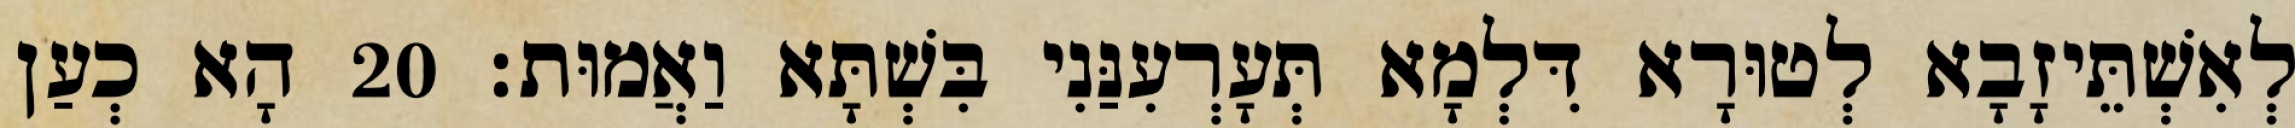
לְאִשְׁתֵּיזָבָא לְטוּרָא דִּלְמָא תְּעָרְעִנַּנִי בִּשְׁתָּא וַאֲמוּת׃ 20 הָא כְעַן